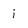
Character: i